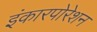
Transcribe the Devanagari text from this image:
इंकारपोरेशन